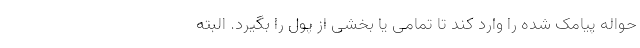
حواله پیامک شده را وارد کند تا تمامی یا بخشی از پول را بگیرد. البته